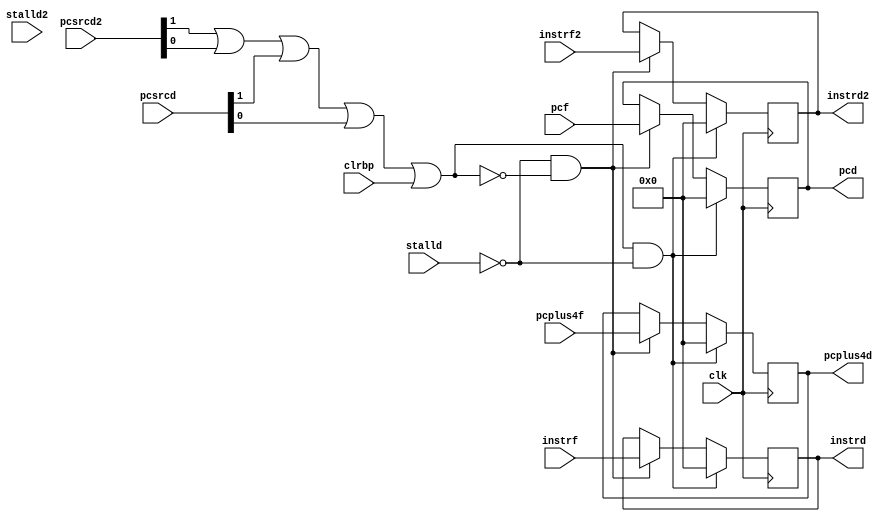
module pipefd(clk, clrbp, stalld, stalld2, pcsrcd, pcsrcd2, instrf,instrf2, pcplus4f, pcf, instrd,instrd2, pcplus4d, pcd);
  input clk, stalld,stalld2, clrbp;
  input [1:0] pcsrcd, pcsrcd2;
  input [31:0] pcplus4f, pcf;
  input [31:0] instrf,instrf2;
  output reg [31:0] pcplus4d, pcd;
  output reg [31:0] instrd,instrd2;
  
  wire clr;
  assign clr = (pcsrcd2[1:1] || pcsrcd2[0:0] || pcsrcd[1:1] || pcsrcd[0:0] || clrbp);
  
  always @ (posedge clk) begin
    if (clr & !stalld) begin
      pcplus4d = 32'b0;
      instrd   = 32'b0;
      instrd2   = 32'b0;
      pcd      = 32'b0;
    end
    else if (!stalld & !clr) begin
      pcplus4d = pcplus4f;
      instrd   = instrf;
      instrd2   = instrf2;
      pcd      = pcf;
    end
  end
  
endmodule